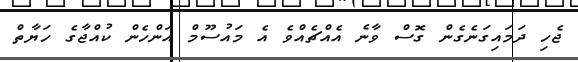
ޖެހި ދަމައިގަނެގެން ގޮސް ވާނެ އެއްޗެއްވެ އެ މައުސޫމް އަންހެން ކުއްޖާގެ ހަޔާތް